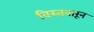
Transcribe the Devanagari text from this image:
विस्तवारून